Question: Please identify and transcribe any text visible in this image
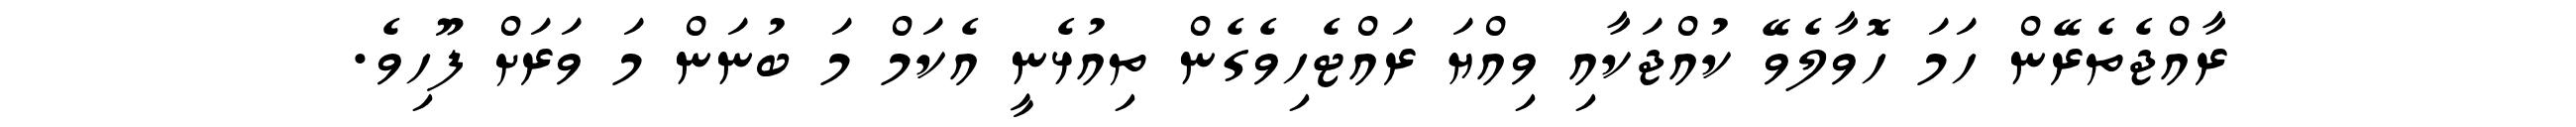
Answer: ރާއްޖެތެރޭން ހަމަ ހޮވާލެވޭ ކުއްޖަކާއި ވިއްޔަ ރައްޓެހިވެގެން ތިއުޅެނީ އެކަމް މަ ބުނަން މަ ވަރަށް ފޫހިވެ.